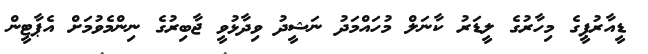
ޑީއާރުޕީގެ މިހާރުގެ ލީޑަރު ކާނަލް މުހައްމަދު ނަޝީދު ވިދާޅުވީ ޖާބިރުގެ ނިންމެވުމަށް އެޕާޓީން